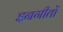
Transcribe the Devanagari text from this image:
इनगीतों